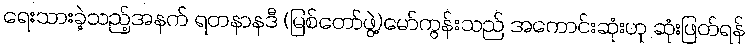
ရေးသားခဲ့သည့်အနက် ရတနာနဒီ (မြစ်တော်ဖွဲ့)မော်ကွန်းသည် အကောင်းဆုံးဟု ဆုံးဖြတ်ရန်